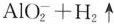
AlO_{2}^{-} +H2\uparrow